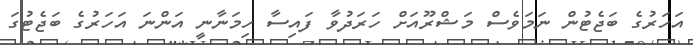
އަހަރުގެ ބަޖެޓުން ނަމަވެސް މަޝްރޫއަށް ހަރަދުވާ ފައިސާ ހިމަނާނީ އަންނަ އަހަރުގެ ބަޖެޓުގަ